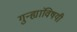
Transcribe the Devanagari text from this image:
गुन्ह्यांविषयी